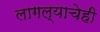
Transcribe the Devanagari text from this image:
लागल्याचेही